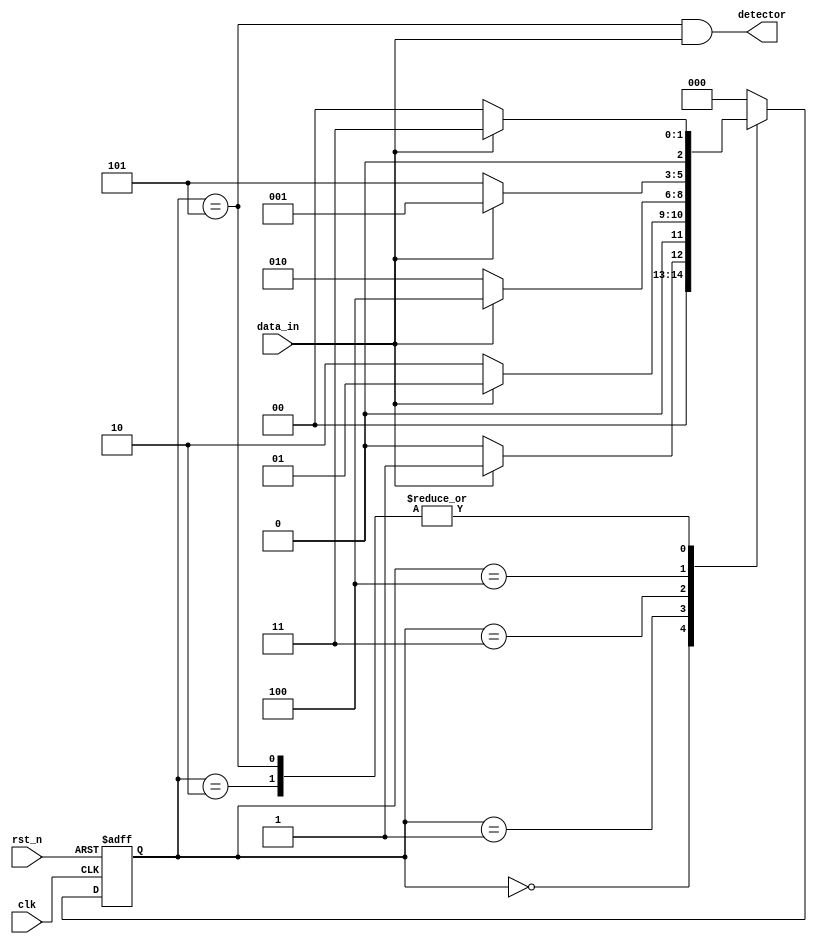
// detect the 101101 in the seqences(overlapping)

module seq_detect_overlap(
    input clk,
    input rst_n,
    input data_in,

    output detector

);

    //set state
    localparam STATE_0 = 3'b000;
    localparam STATE_1 = 3'b001;
    localparam STATE_2 = 3'b010;
    localparam STATE_3 = 3'b011;
    localparam STATE_4 = 3'b100;
    localparam STATE_5 = 3'b101;



    reg [2:0] state_cur,state_next;  // now state and next state

    //state transfer
    always @(posedge clk or negedge rst_n) begin
        if (~rst_n)
            state_cur <= STATE_0;
        else 
            state_cur <= state_next;
    end

    //state state switch
    always @(*) begin
        case (state_cur) 
            STATE_0: state_next = (data_in) ? STATE_1 : STATE_0;
            STATE_1: state_next = (data_in) ? STATE_1 : STATE_2;
            STATE_2: state_next = (data_in) ? STATE_3 : STATE_0;
            STATE_3: state_next = (data_in) ? STATE_4 : STATE_2;
            STATE_4: state_next = (data_in) ? STATE_1 : STATE_5;
            STATE_5: state_next = (data_in) ? STATE_3 : STATE_0; // STATE_5
            default: state_next = STATE_0;
        endcase
    end

    //output
    assign detector=(state_cur==STATE_5) && data_in;

endmodule